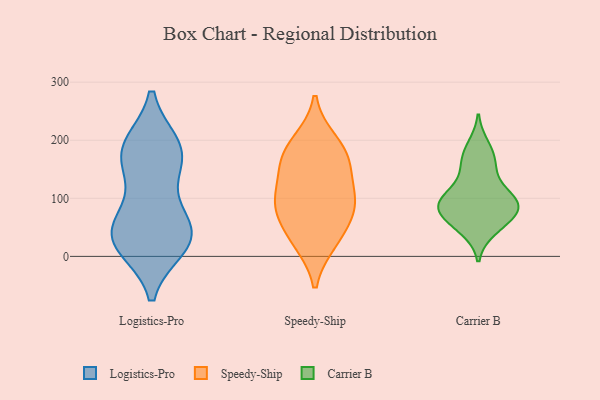
{"axis": {"x": "Market Share (%)", "y": "Value"}, "legend": ["Carrier B", "Logistics-Pro", "Speedy-Ship"], "data": [{"x": "", "y": 18, "type": "Logistics-Pro"}, {"x": "", "y": 185, "type": "Logistics-Pro"}, {"x": "", "y": 46, "type": "Logistics-Pro"}, {"x": "", "y": 34, "type": "Logistics-Pro"}, {"x": "", "y": 150, "type": "Logistics-Pro"}, {"x": "", "y": 190, "type": "Logistics-Pro"}, {"x": "", "y": 82, "type": "Logistics-Pro"}, {"x": "", "y": 172, "type": "Logistics-Pro"}, {"x": "", "y": 37, "type": "Logistics-Pro"}, {"x": "", "y": 41, "type": "Logistics-Pro"}, {"x": "", "y": 20, "type": "Logistics-Pro"}, {"x": "", "y": 185, "type": "Logistics-Pro"}, {"x": "", "y": 88, "type": "Speedy-Ship"}, {"x": "", "y": 106, "type": "Speedy-Ship"}, {"x": "", "y": 179, "type": "Speedy-Ship"}, {"x": "", "y": 151, "type": "Speedy-Ship"}, {"x": "", "y": 91, "type": "Speedy-Ship"}, {"x": "", "y": 197, "type": "Speedy-Ship"}, {"x": "", "y": 163, "type": "Speedy-Ship"}, {"x": "", "y": 32, "type": "Speedy-Ship"}, {"x": "", "y": 79, "type": "Speedy-Ship"}, {"x": "", "y": 26, "type": "Speedy-Ship"}, {"x": "", "y": 102, "type": "Carrier B"}, {"x": "", "y": 67, "type": "Carrier B"}, {"x": "", "y": 176, "type": "Carrier B"}, {"x": "", "y": 81, "type": "Carrier B"}, {"x": "", "y": 87, "type": "Carrier B"}, {"x": "", "y": 74, "type": "Carrier B"}, {"x": "", "y": 190, "type": "Carrier B"}, {"x": "", "y": 89, "type": "Carrier B"}, {"x": "", "y": 87, "type": "Carrier B"}, {"x": "", "y": 51, "type": "Carrier B"}, {"x": "", "y": 152, "type": "Carrier B"}, {"x": "", "y": 103, "type": "Carrier B"}, {"x": "", "y": 46, "type": "Carrier B"}, {"x": "", "y": 111, "type": "Carrier B"}, {"x": "", "y": 154, "type": "Carrier B"}]}